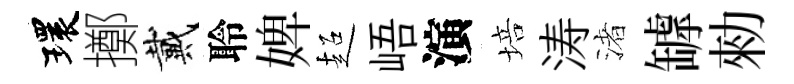
環擲戴聆婢超峿演培涛渚罅勑